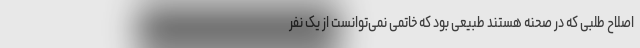
اصلاح طلبی که در صحنه هستند طبیعی بود که خاتمی نمی‌توانست از یک نفر